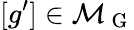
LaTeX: [g^{\prime}]\in\mathcal{M}_{\mathrm{~G~}}